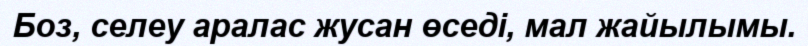
Боз, селеу аралас жусан өседі, мал жайылымы.